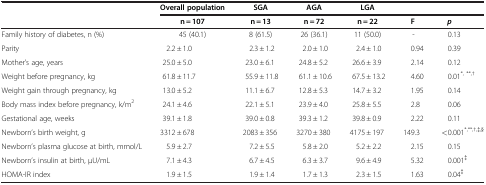
<table><thead><tr><td><b> </b></td><td><b>Overall population</b></td><td><b>SGA</b></td><td><b>AGA</b></td><td><b>LGA</b></td><td><b> </b></td><td><b> </b></td></tr><tr><td><b> </b></td><td><b>n = 107</b></td><td><b>n = 13</b></td><td><b>n = 72</b></td><td><b>n = 22</b></td><td><b>F</b></td><td><b><i>p</i></b></td></tr></thead><tbody><tr><td>Family history of diabetes, n (%)</td><td>45 (40.1)</td><td>8 (61.5)</td><td>26 (36.1)</td><td>11 (50.0)</td><td>-</td><td>0.13</td></tr><tr><td>Parity</td><td>2.2 ± 1.0</td><td>2.3 ± 1.2</td><td>2.0 ± 1.0</td><td>2.4 ± 1.0</td><td>0.94</td><td>0.39</td></tr><tr><td>Mother’s age, years</td><td>25.0 ± 5.0</td><td>23.0 ± 6.1</td><td>24.8 ± 5.2</td><td>26.6 ± 3.9</td><td>2.14</td><td>0.12</td></tr><tr><td>Weight before pregnancy, kg</td><td>61.8 ± 11.7</td><td>55.9 ± 11.8</td><td>61.1 ± 10.6</td><td>67.5 ± 13.2</td><td>4.60</td><td>0.01<sup>*, **,†</sup></td></tr><tr><td>Weight gain through pregnancy, kg</td><td>13.0 ± 5.2</td><td>11.1 ± 6.7</td><td>12.8 ± 5.3</td><td>14.7 ± 3.2</td><td>1.95</td><td>0.14</td></tr><tr><td>Body mass index before pregnancy, k/m<sup>2</sup></td><td>24.1 ± 4.6</td><td>22.1 ± 5.1</td><td>23.9 ± 4.0</td><td>25.8 ± 5.5</td><td>2.8</td><td>0.06</td></tr><tr><td>Gestational age, weeks</td><td>39.1 ± 1.8</td><td>39.0 ± 0.8</td><td>39.3 ± 1.2</td><td>39.8 ± 0.9</td><td>2.22</td><td>0.11</td></tr><tr><td>Newborn’s birth weight, g</td><td>3312 ± 678</td><td>2083 ± 356</td><td>3270 ± 380</td><td>4175 ± 197</td><td>149.3</td><td>&lt;0.001<sup>*,**,†,‡,§</sup></td></tr><tr><td>Newborn’s plasma glucose at birth, mmol/L</td><td>5.9 ± 2.7</td><td>7.2 ± 5.5</td><td>5.8 ± 2.0</td><td>5.2 ± 2.2</td><td>2.15</td><td>0.15</td></tr><tr><td>Newborn’s insulin at birth, μU/mL</td><td>7.1 ± 4.3</td><td>6.7 ± 4.5</td><td>6.3 ± 3.7</td><td>9.6 ± 4.9</td><td>5.32</td><td>0.001<sup>‡</sup></td></tr><tr><td>HOMA-IR index</td><td>1.9 ± 1.5</td><td>1.9 ± 1.4</td><td>1.7 ± 1.3</td><td>2.3 ± 1.5</td><td>1.63</td><td>0.04<sup>‡</sup></td></tr></tbody></table>